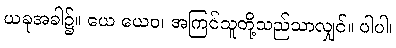
ယခုအခါ၌။ ယေ ယေဝ၊ အကြင်သူတို့သည်သာလျှင်။ ပါပါ၊